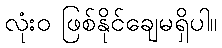
လုံးဝ ဖြစ်နိုင်ချေမရှိပါ။